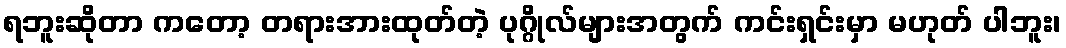
ရဘူးဆိုတာ ကတော့ တရားအားထုတ်တဲ့ ပုဂ္ဂိုလ်များအတွက် ကင်းရှင်းမှာ မဟုတ် ပါဘူး၊